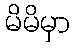
မိမိမှာ